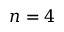
n = 4